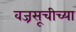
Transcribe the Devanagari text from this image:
वज्रसूचीच्या